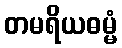
တမရိယဓမ္မံ